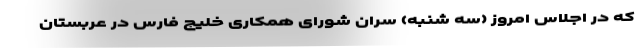
که در اجلاس امروز (سه شنبه) سران شورای همکاری خلیج فارس در عربستان